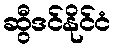
ဆွီဒင်နိုင်ငံ